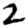
Digit: 2